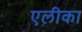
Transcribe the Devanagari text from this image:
एलीका